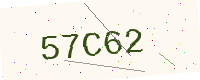
Text: 57C62